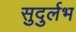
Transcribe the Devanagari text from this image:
सुदुर्लभ